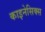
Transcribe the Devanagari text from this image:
काइनेसिक्स